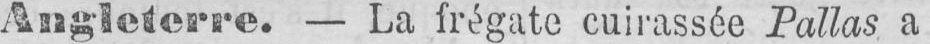
Angleterre. - La frégate cuirassée Pallas a